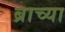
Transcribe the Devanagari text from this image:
ब्राच्या